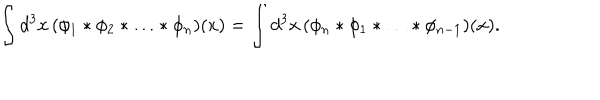
\int d ^ { 3 } x \, ( \phi _ { 1 } * \phi _ { 2 } * \ldots * \phi _ { n } ) ( x ) = \int d ^ { 3 } x \, ( \phi _ { n } * \phi _ { 1 } * \ldots * \phi _ { n - 1 } ) ( x ) .